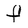
Character: f